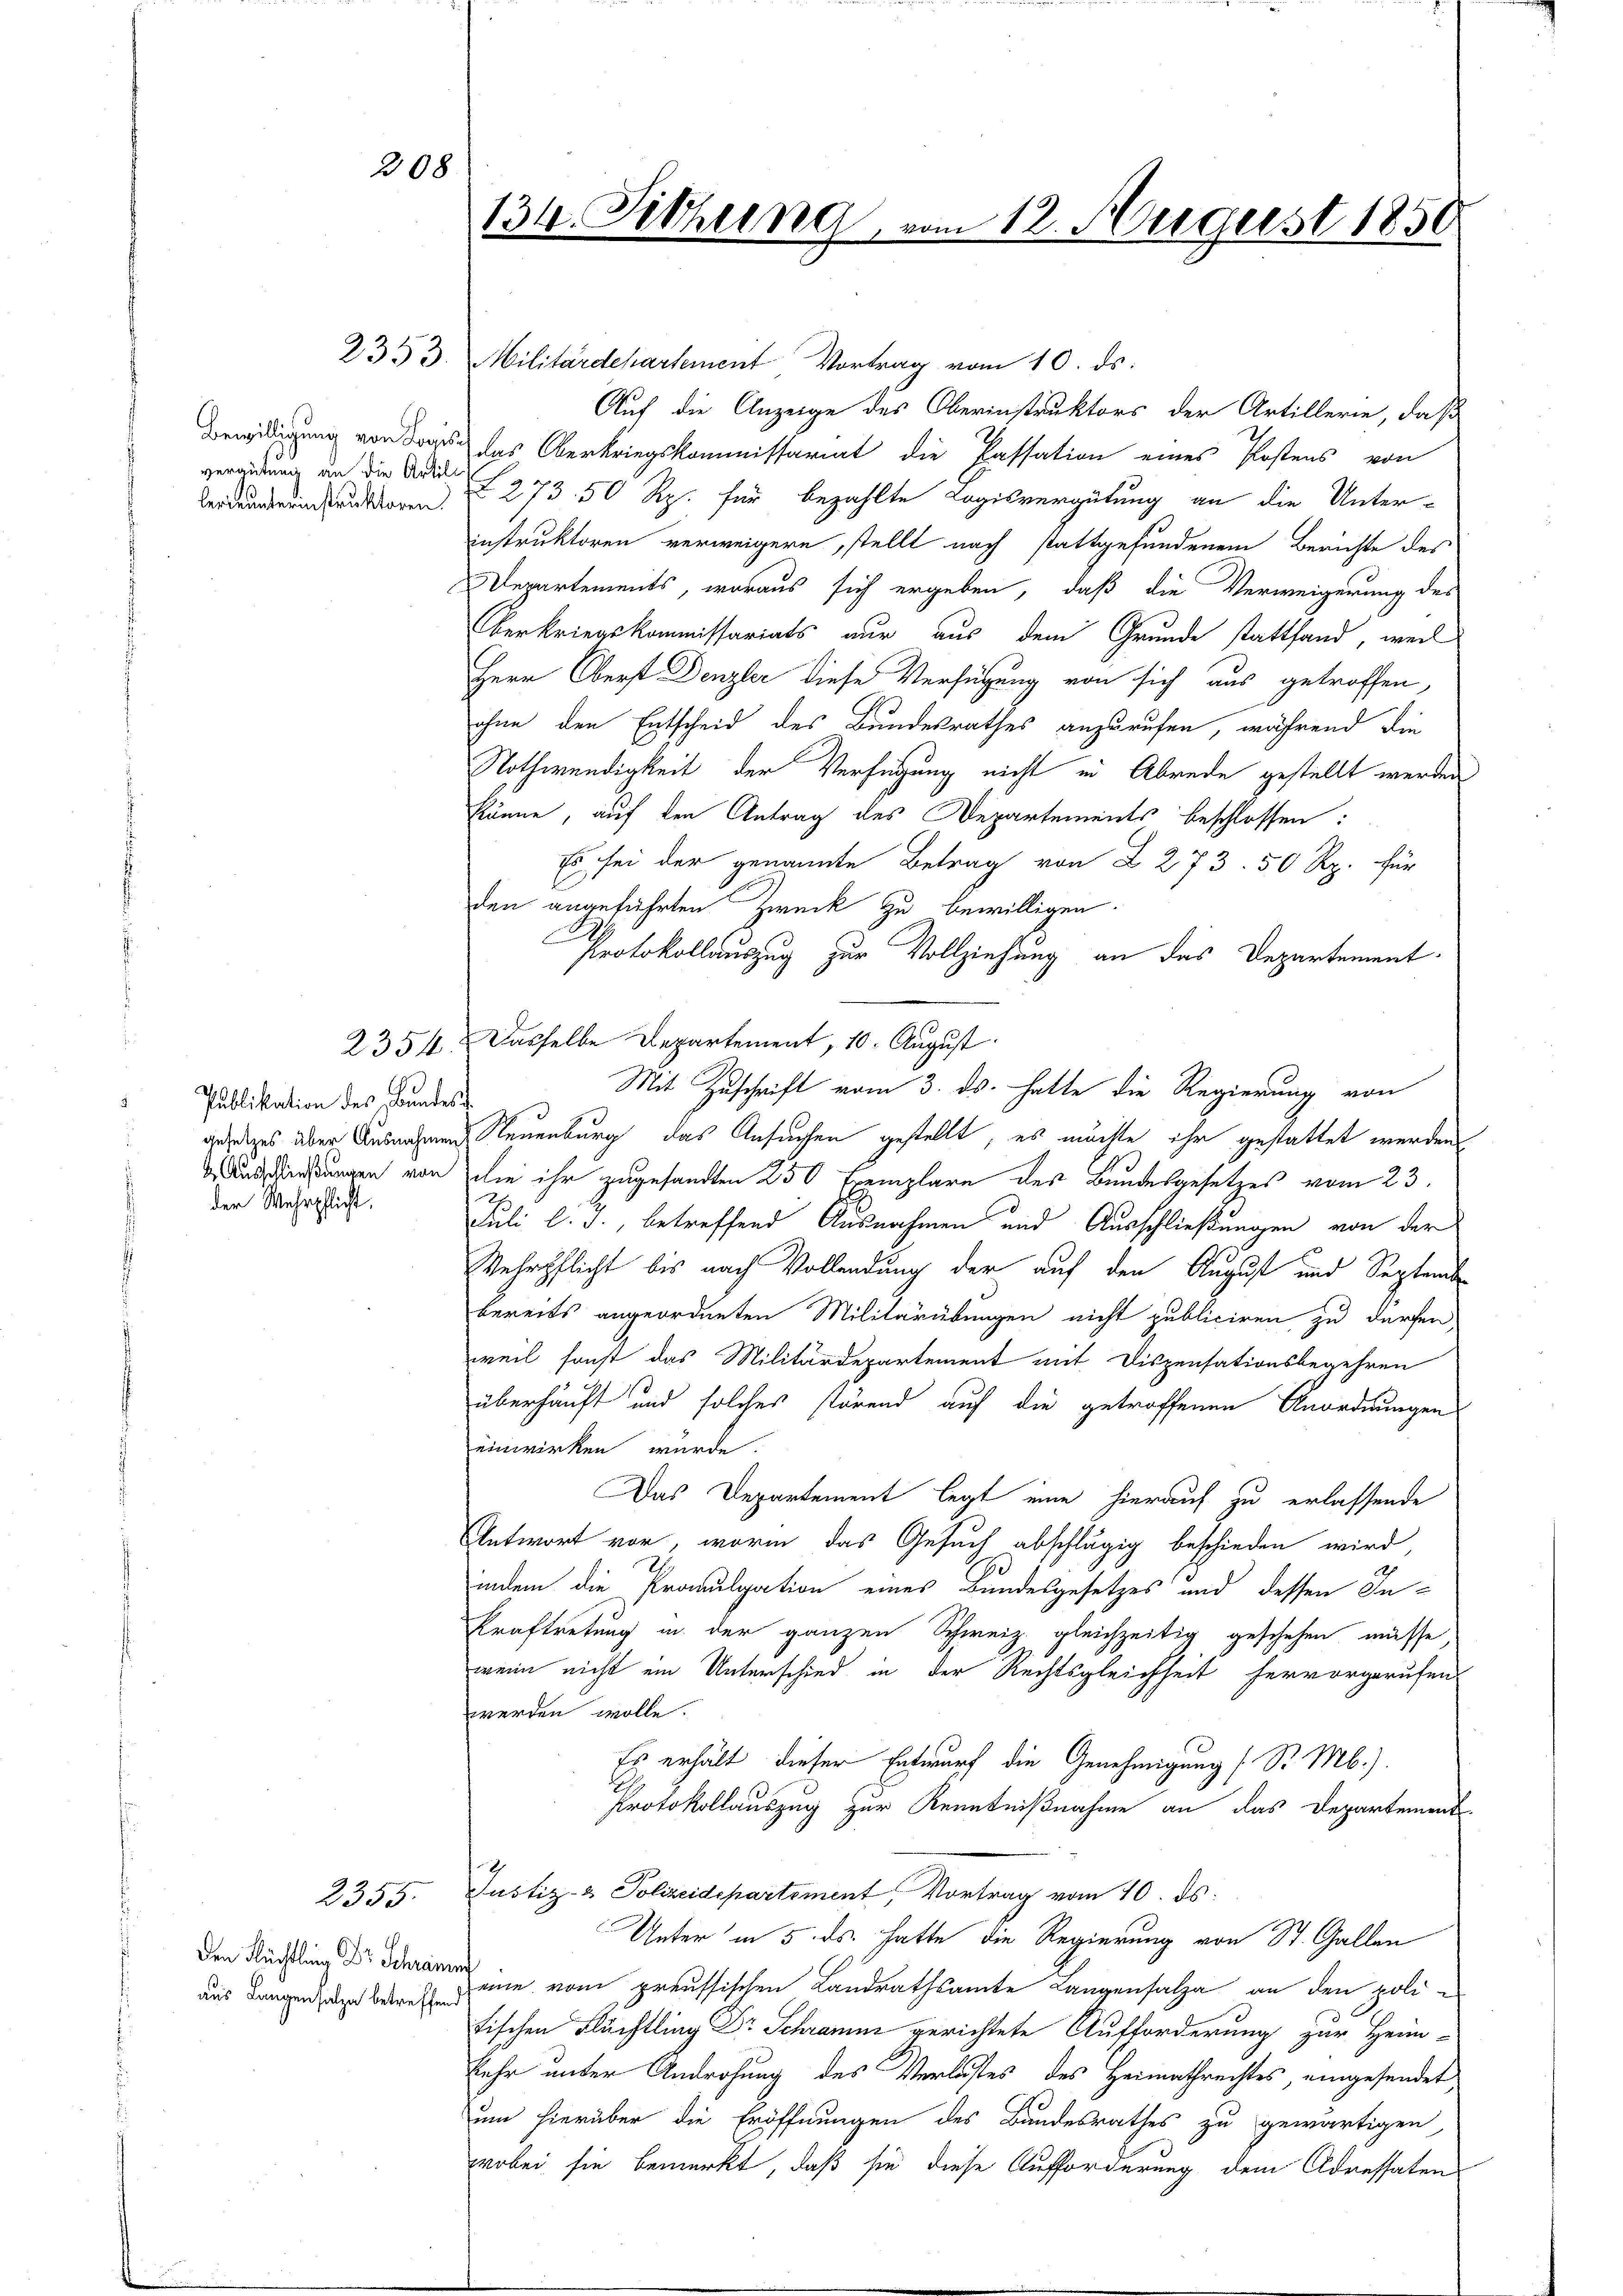
208

vergütung an die Artili

Publikation des Bundes
der Wehrpflicht.

aus Langensatze betreffend

2355.

2353. Militärdepartement Vortrag vom 10. ds.
Auf die Anzeige des Oberinstruktors der Artillerie, daß
Bewilligung von de das Oberkriegskommissariat die Passation eines Postens von
Verdauernden 273. 50 Rp. für bezahlte Logisvergütung an die Unterinstruktoren verweigern, stellt nach stattgefundenem Berichte des
Departements, woraus sich ergeben, daß die Verweigerung des
Oberkriegskommissariats nur aus dem Grunde stattfand, weil
Herr Oberst Denzler diese Verfügung von sich aus getroffen,
ohne den Entscheid des Bundesrathes anzurufen, während die
Nothwendigkeit der Verfügung nicht in Abrede gestellt werden
könne, auf den Antrag des Departements beschlossen:
Es sei der genannte Betrag von § 273. 50 Rp. für
den angeführten Zweck zu bewilligen.
Protokollauszug zur Vollziehung an das Departement
2354. Dasselbe Departement, 10. August
Mit Zuschrift vom 3. ds. hatte die Regierung von
gesetzes über Ausnahmen Neuenburg das Ansuchen gestellt, es möchte ihr gestattet werden,
 Ausserungen von die ihr zugesandten 250 Exemplare des Bundesgesetzes vom 23.
Juli l. J., betreffend Ausnahmen und Ausschließungen von der
Wehrpflicht bis nach Vollendung der auf den August und Septembe
bereits angeordneten Militärübungen nicht publiciren zu dürfen,
weil sonst das Militärdepartement mit Dispensationsbegehren
überhäuft und solches störend auf die getroffenen Anordnungen
einwirken würde.
Das Departement legt eine hierauf zu erlassende
Antwort vor, worin das Gesuch abschlägig beschieden wird,
indem die Promulgation eines Bundesgesetzes und dessen In-
Kraftretung in der ganzen Schweiz. gleichzeitig geschehen müsse
wenn nicht ein Unterschied in der Rechtsgleichheit hervorgerufen
werden wolle.
Es erhält dieser Entwurf die Genehmigung (S. Mb.).
.
Protokollauszug zur Kenntnißnahme an das Departement
Justiz- & Polizeidepartement, Vortrag vom 10. ds.
Unter in 5. ds. hatte die Regierung von St. Gallen
den Rüchling Dr. Daran eine vom preussischen Landrathsamte Langensalza an den politischen Fluchtling Dr Schramm gerichtete Aufforderung zur Heim-
kehr unter Androhung des Verlustes des Heimathrechtes, eingesendet
um hierüber die Eröffnungen des Bundesrathes zu gewärtigen
wobei sie bemerkt, daß sie diese Aufforderung dem Adressaten

134. Sitzun

n 12. August 1850